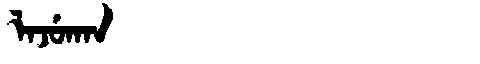
Manchu: ᠯᠠᠵᡠᡴᠠᠨ
Romanization: LAJUKAN